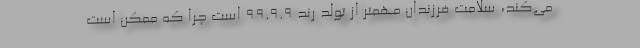
می‌کند، سلامت فرزندان مهمتر از تولد رُند ۹۹.۹.۹ است چرا که ممکن است